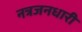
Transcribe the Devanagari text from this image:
नत्रजनधारी